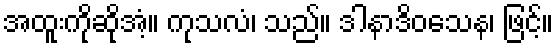
အထူးကိုဆိုအံ့။ ကုသလံ၊ သည်။ ဒါနာဒိဝသေန၊ ဖြင့်။